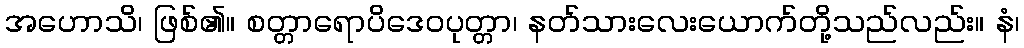
အဟောသိ၊ ဖြစ်၏။ စတ္တာရောပိဒေဝပုတ္တာ၊ နတ်သားလေးယောက်တို့သည်လည်း။ နံ၊